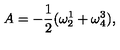
A = - \frac { 1 } { 2 } ( \omega _ { 2 } ^ { 1 } + \omega _ { 4 } ^ { 3 } ) ,